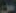
من